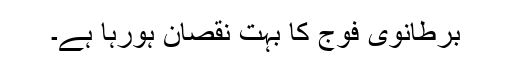
برطانوی فوج کا بہت نقصان ہورہا ہے۔